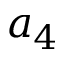
a _ { 4 }